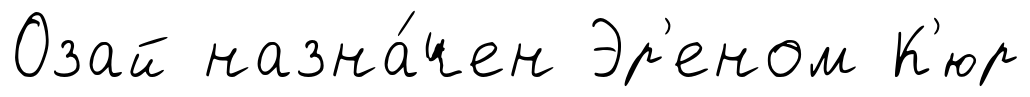
Озай назна́чен Эр'еном К'юр